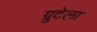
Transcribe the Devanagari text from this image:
ग्नुटेला